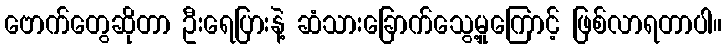
ဗောက်တွေဆိုတာ ဦးရေပြားနဲ့ ဆံသားခြောက်သွေ့မှုကြောင့် ဖြစ်လာရတာပါ။